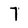
Character: 7